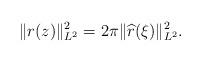
LaTeX: \begin{align*}\|r(z)\|_{L^2}^2=2\pi\|\widehat{r}(\xi)\|_{L^2}^2.\end{align*}